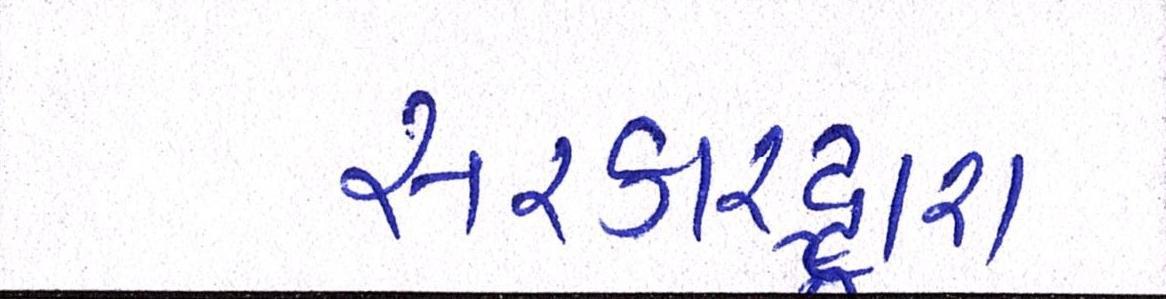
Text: સરકારદ્વારા